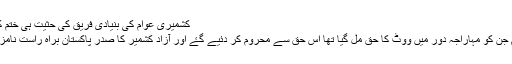
کشمیری عوام کی بنیادی فریق کی حثیت ہی ختم کر دی گئی .
ریاستی عوام جن کو مہاراجہ دور میں ووٹ کا حق مل گیا تھا اس حق سے محروم کر دئیے گۓ اور آزاد کشمیر کا صدر پاکستان براہ راست نامزد کرنے لگا۔